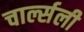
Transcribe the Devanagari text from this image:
चार्ल्सली